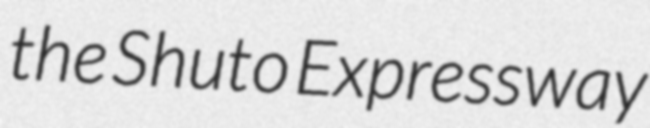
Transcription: the Shuto Expressway